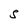
Character: S